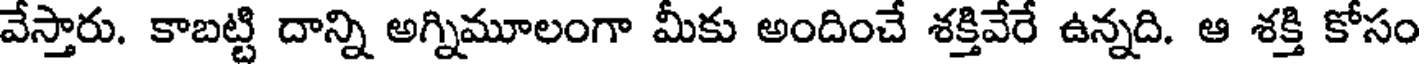
వేస్తారు. కాబట్టి దాన్ని అగ్నిమూలంగా మీకు అందించే శక్తివేరే ఉన్నది. ఆ శక్తి కోసం